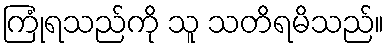
ကြုံရသည်ကို သူ သတိရမိသည်။